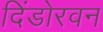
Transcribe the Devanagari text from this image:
दिंडोरवन